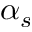
\alpha _ { s }